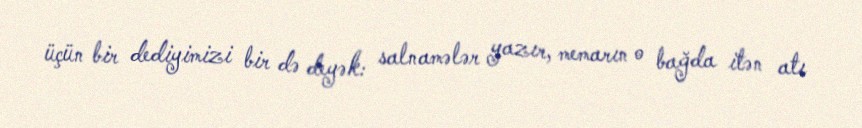
üçün bir dediyimizi bir də deyək: salnamələr yazır, memarın o bağda itən atı